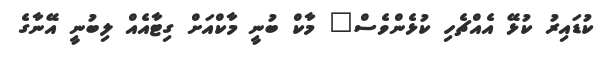
ކުޑައިރު ކުޅޭ އެއްޗެހި ކުޅެންވެސް" މާކް ބުނީ މާކްއަށް ގިޓާއެއް ލިބުނީ އޭނާގެ